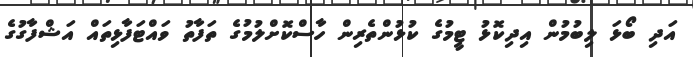
އަދި ބޯޅަ ލިބުމުން އިދިކޮޅު ޓީމުގެ ކުޅުންތެރިން ހާސްކޮށްލުމުގެ ތަފާތު ވައްޓަފާޅިތައް އަޝްފާގުގެ